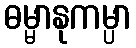
ဓမ္မာနုကမ္ပာ